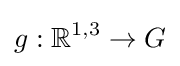
g:\mathbb {R} ^{1,3}\to G